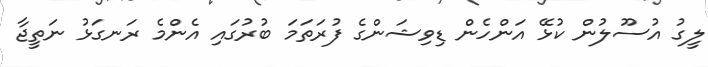
ލީގު އުސޫލުން ކުޅޭ އަންހެން ޑިވިޝަންގެ ފުރަތަމަ ބުރުގައި އެންމެ ރަނގަޅު ނަތީޖާ